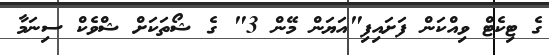
ގެ ޓިކެޓް ވިއްކަން ފަށައިފި"އަޔަން މޭން 3" ގެ ޝޯތަކަށް ޝްވެކް ސިނަމާ